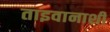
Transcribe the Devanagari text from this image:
ताइवानाशी